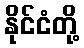
နိုင်ငံတို့